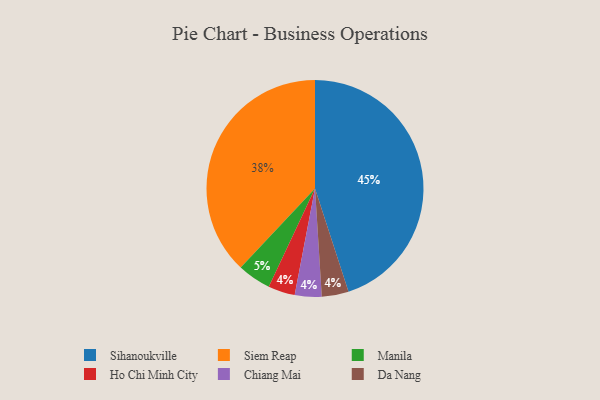
{"axis": {"x": "Category", "y": "Percentage"}, "legend": ["Chiang Mai", "Da Nang", "Ho Chi Minh City", "Manila", "Siem Reap", "Sihanoukville"], "data": [{"x": "Manila", "y": 5, "type": "Manila"}, {"x": "Ho Chi Minh City", "y": 4, "type": "Ho Chi Minh City"}, {"x": "Chiang Mai", "y": 4, "type": "Chiang Mai"}, {"x": "Siem Reap", "y": 38, "type": "Siem Reap"}, {"x": "Da Nang", "y": 4, "type": "Da Nang"}, {"x": "Sihanoukville", "y": 45, "type": "Sihanoukville"}]}